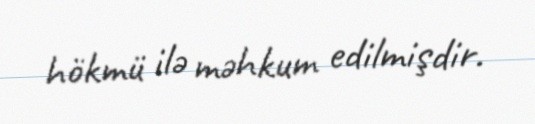
hökmü ilə məhkum edilmişdir.